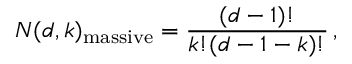
N ( d , k ) _ { \mathrm { m a s s i v e } } = \frac { ( d - 1 ) ! } { k ! ( d - 1 - k ) ! } \, ,